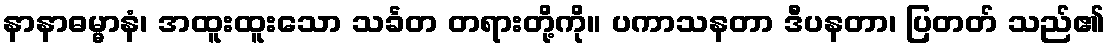
နာနာဓမ္မာနံ၊ အထူးထူးသော သင်္ခတ တရားတို့ကို။ ပကာသနတာ ဒီပနတာ၊ ပြတတ် သည်၏